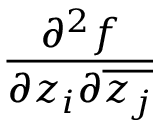
\frac { \partial ^ { 2 } f } { \partial z _ { i } \partial { \overline { { z _ { j } } } } }